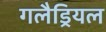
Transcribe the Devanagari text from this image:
गलैड्रियल